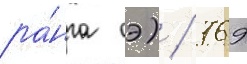
ра́нга оэ) / 769